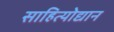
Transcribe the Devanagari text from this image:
साहित्योद्यान